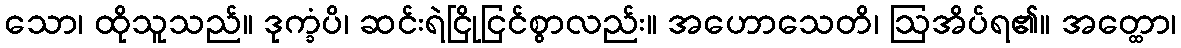
သော၊ ထိုသူသည်။ ဒုက္ခံပိ၊ ဆင်းရဲငြိုငြင်စွာလည်း။ အဟောသေတိ၊ ဩအိပ်ရ၏။ အတ္ထော၊